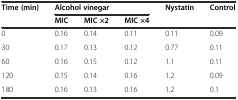
| Time (min) | <COLSPAN=3> Alcohol vinegar | Nystatin | Control |
 |  | MIC | MIC ×2 | MIC ×4 |  |  |
 | --- | --- | --- | --- | --- | --- |
 | 0 | 0.16 | 0.14 | 0.11 | 0.11 | 0.09 |
 | 30 | 0.17 | 0.13 | 0.12 | 0.77 | 0.11 |
 | 60 | 0.16 | 0.15 | 0.12 | 1.1 | 0.11 |
 | 120 | 0.15 | 0.14 | 0.16 | 1.2 | 0.09 |
 | 180 | 0.16 | 0.13 | 0.16 | 1.2 | 0.1 |